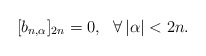
\begin{align*} [b_{n,\alpha}]_{2n}=0,\ \ \forall\left\vert \alpha\right\vert<2n.\end{align*}